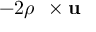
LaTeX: - 2 \rho \, \mathbf { \Omega } \times \mathbf { u }